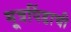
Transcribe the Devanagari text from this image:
मूत्रपिंडाची